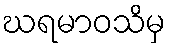
ဃရမာဝသိမှ